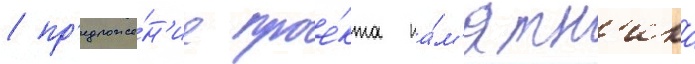
/ пр'едложе́н'ие прое́кта па́м'ятн'ика